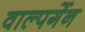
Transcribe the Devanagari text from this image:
वाल्पर्गेन